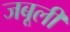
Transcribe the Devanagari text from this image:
जबूली